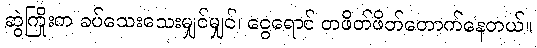
ဆွဲကြိုးက ခပ်သေးသေးမျှင်မျှင်၊ ငွေရောင် တဖိတ်ဖိတ်တောက်နေတယ်။